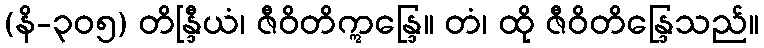
(နိ-၃၀၅) တိန္ဒြီယံ၊ ဇီဝိတိဣန္ဒြေ။ တံ၊ ထို ဇီဝိတိန္ဒြေသည်။